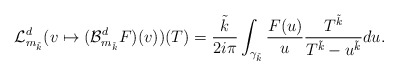
\begin{align*}\mathcal{L}_{m_{\tilde{k}}}^{d}(v \mapsto (\mathcal{B}_{m_{\tilde{k}}}^{d}F)(v) )(T) =\frac{\tilde{k}}{2i \pi} \int_{\gamma_{\tilde{k}}} \frac{F(u)}{u} \frac{T^{\tilde{k}}}{T^{\tilde{k}} - u^{\tilde{k}}} du.\end{align*}